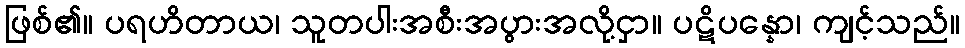
ဖြစ်၏။ ပရဟိတာယ၊ သူတပါးအစီးအပွားအလို့ငှာ။ ပဋိပန္နော၊ ကျင့်သည်။